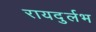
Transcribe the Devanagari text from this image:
रायदुर्लभ